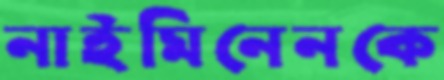
নাইমিনেনকে